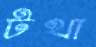
টথা